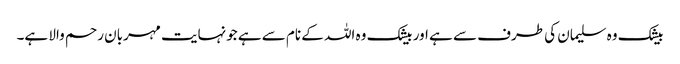
بیشک وہ سلیمان کی طرف سے ہے اور بیشک وہ اللہ کے نام سے ہے جونہایت مہربان رحم والا ہے۔